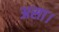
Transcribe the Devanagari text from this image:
असा।